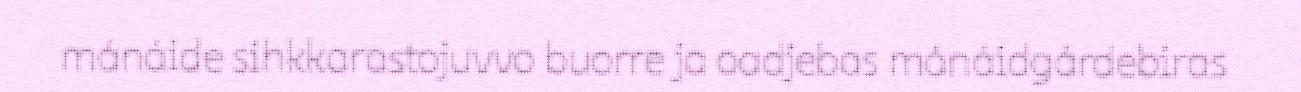
mánáide sihkkarastojuvvo buorre ja oadjebas mánáidgárdebiras